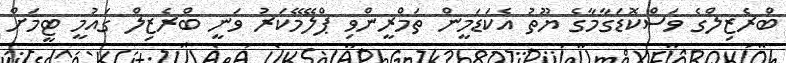
ބްރެޒިލްގެ ވަސްކޮޑަގާމާގެ ޔޫތު އެކަޑަމީން ތަމްރީންވި ޕްލޭމޭކަރު ވަނީ ބްރެޒިލް ގައުމީ ޓީމަށް